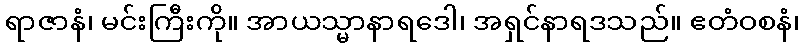
ရာဇာနံ၊ မင်းကြီးကို။ အာယသ္မာနာရဒေါ၊ အရှင်နာရဒသည်။ ဧတံဝစနံ၊